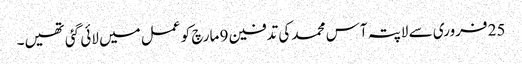
25 فروری سے لاپتہ آس محمد کی تدفین 9 مارچ کو عمل میں لائی گئی تھیں۔